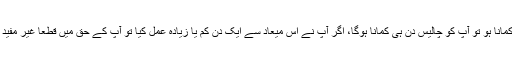
چلہ کمانا ہو تو آپ کو چالیس دن ہی کمانا ہوگا، اگر آپ نے اس میعاد سے ایک دن کم یا زیادہ عمل کیا تو آپ کے حق میں قطعاً غیر مفید ہوگا۔